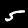
Label: 5